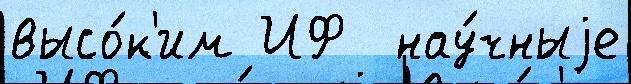
высо́к'им ИФ  нау́чныjе